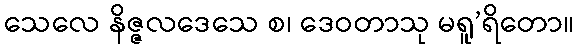
သေလေ နိဇ္ဇလဒေသေ စ၊ ဒေဝတာသု မရူ’ရိတော။